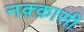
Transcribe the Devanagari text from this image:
नक़्क़ासी